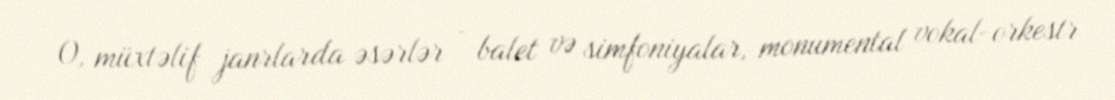
O, müxtəlif janrlarda əsərlər - balet və simfoniyalar, monumental vokal-orkestr